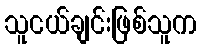
သူငယ်ချင်းဖြစ်သူက